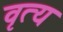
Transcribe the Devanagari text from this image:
वृत्य